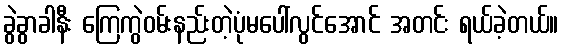
ခွဲခွာခါနီး ကြေကွဲဝမ်းနည်းတဲ့ပုံမပေါ်လွင်အောင် အတင်း ရယ်ခဲ့တယ်။